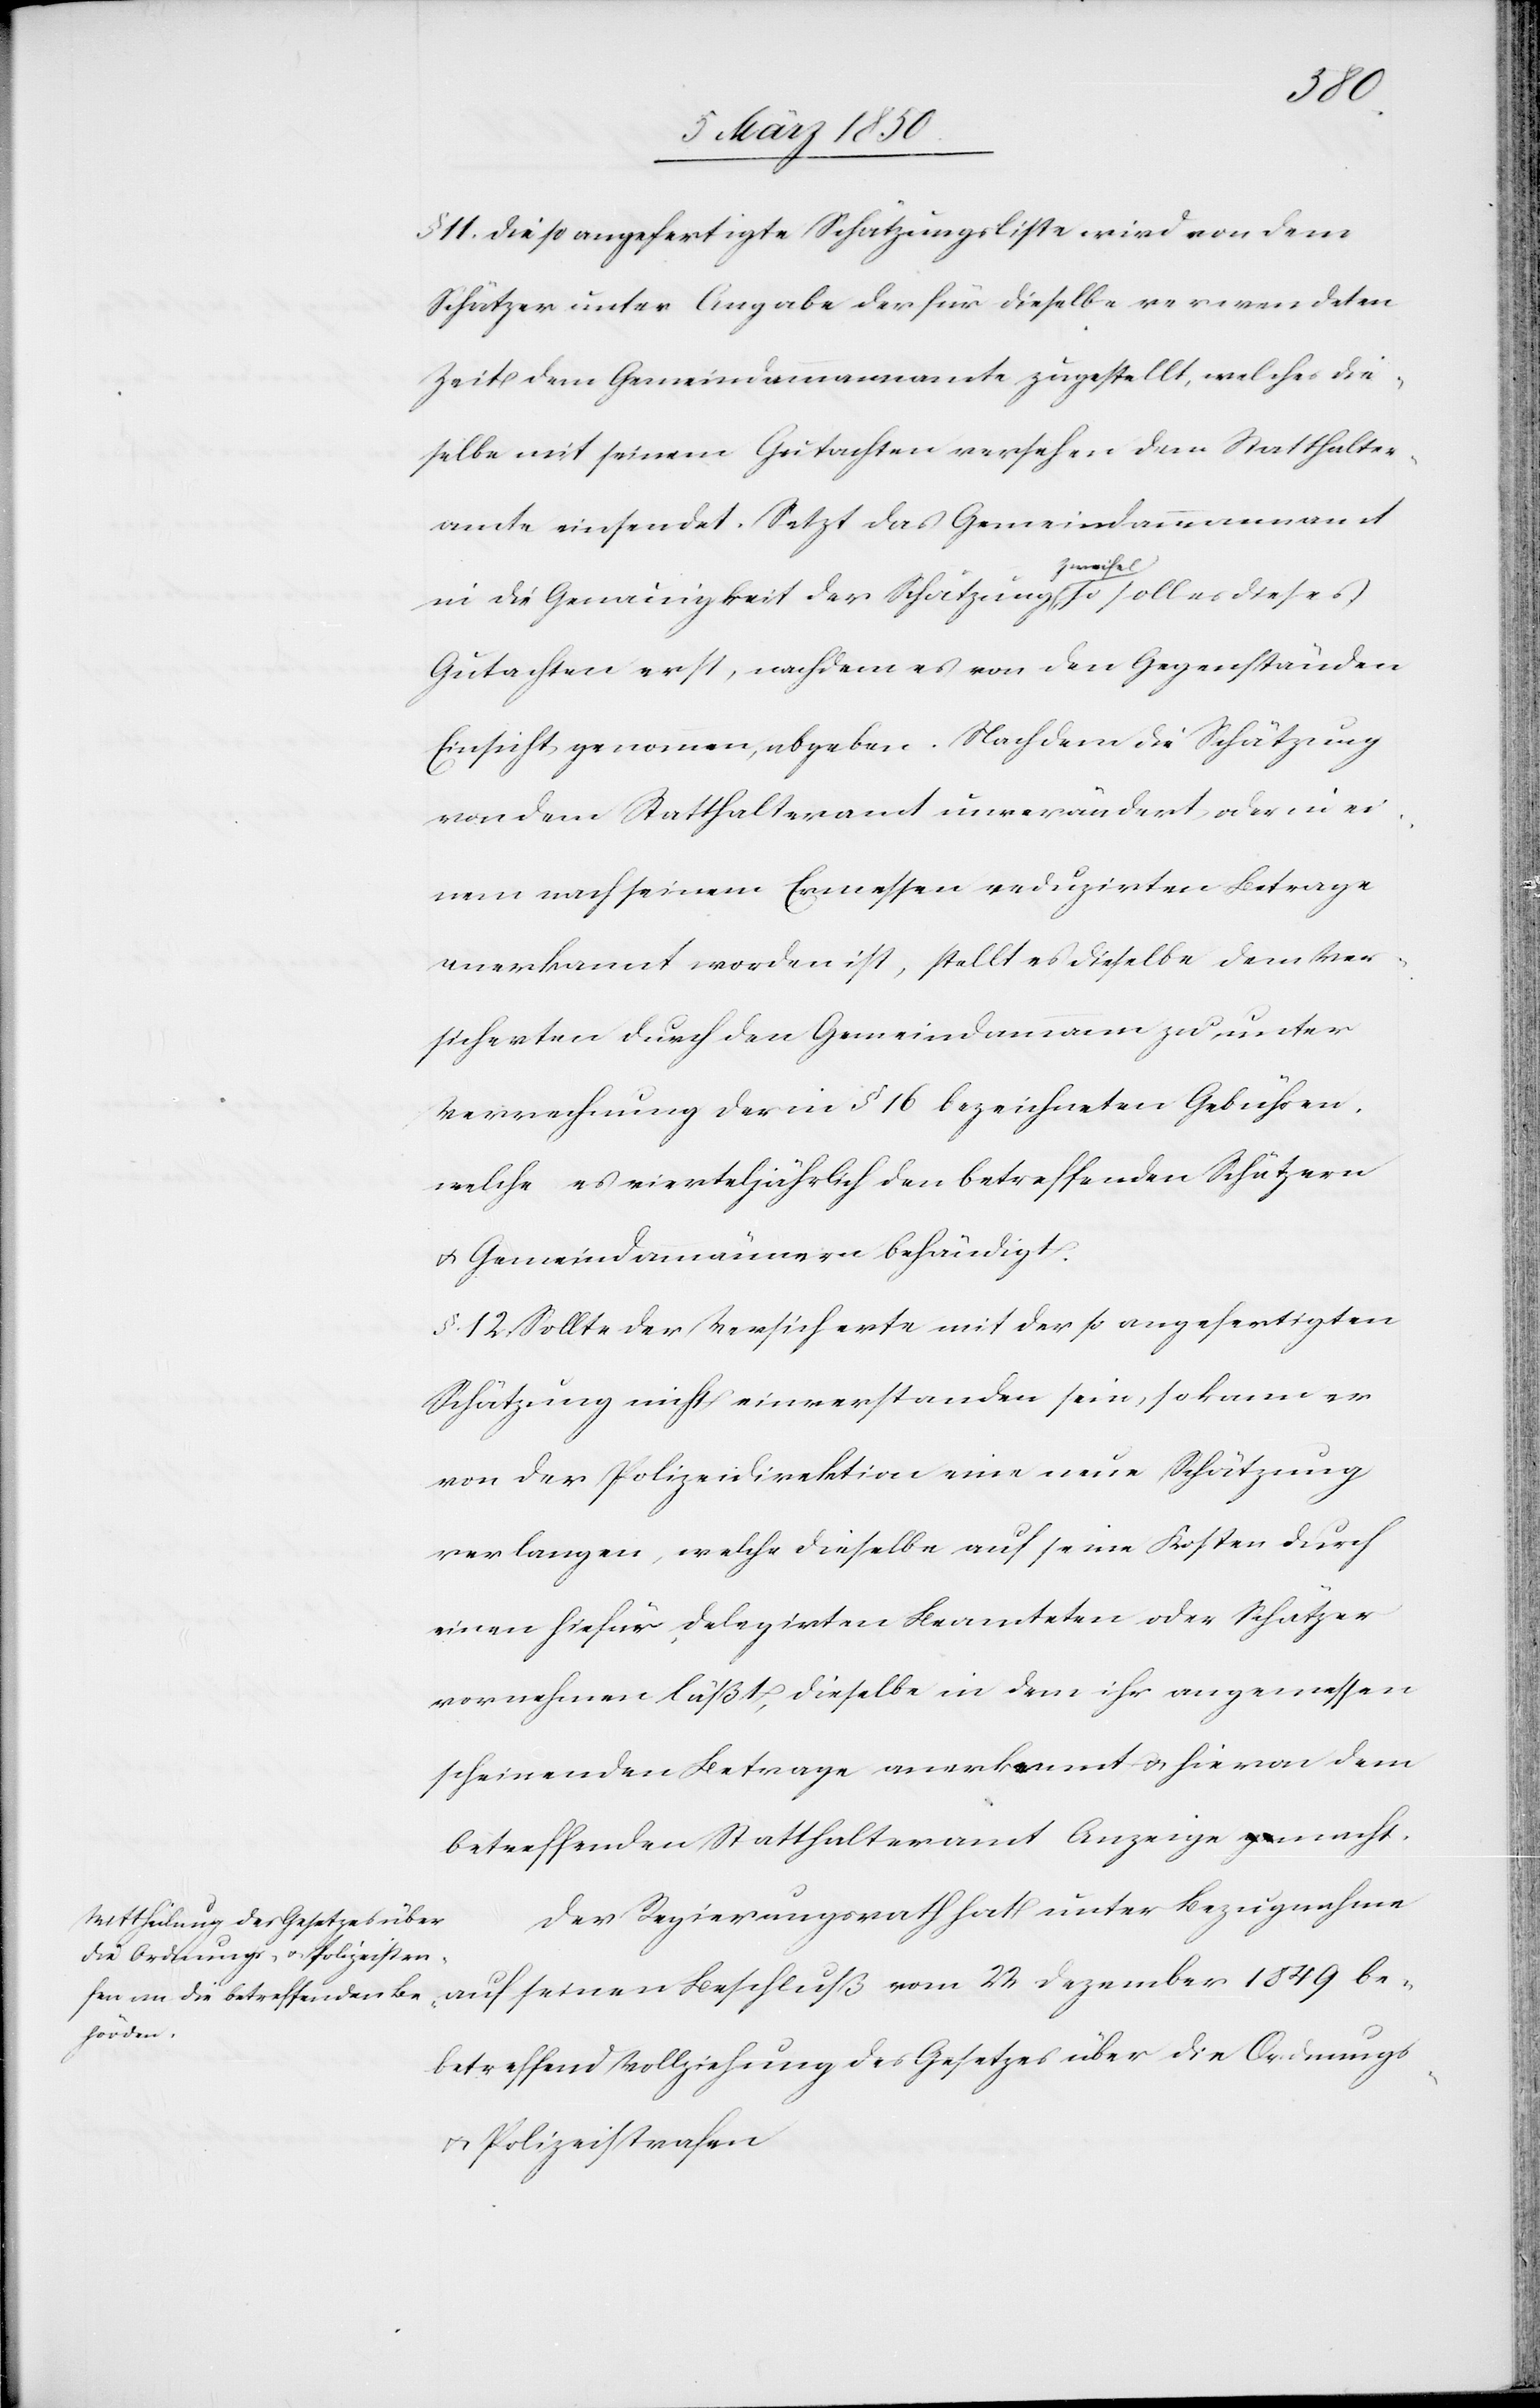
§. 11. Die so angefertigte Schätzungsliste wird von dem
Schätzer unter Angabe der für dieselbe verwendeten
Zeit dem Gemeindammannamte zugestellt, welches die¬
selbe mit seinem Gutachten versehen dem Statthalter¬
amte einsendet. Setzt das Gemeindammannamt
in die Genauigkeit der Schätzung Zweifel, so soll es dieses
Gutachten erst, nachdem es von den Gegenständen
Einsicht genommen, abgeben. Nachdem die Schätzung
von dem Statthalteramt unverändert oder in ei¬
nem nach seinem Ermessen reduzirten Betrage
anerkannt worden ist, stellt es dieselbe dem Ver¬
sicherten durch den Gemeindammann zu, unter
Verrechnung der in § 16 bezeichneten Gebühren,
welche es vierteljährlich den betreffenden Schätzern
u. Gemeindammännern behändigt.
§. 12. Sollte der Versicherte mit der so angefertigten
Schätzung nicht einverstanden sein, so kann er
von der Polizeidirektion eine neue Schätzung
verlangen, welche dieselbe auf seine Kosten durch
einen hiefür delegirten Beamteten oder Schätzer
vornehmen läßt, dieselbe in dem ihr angemessen
scheinenden Betrage anerkennt u. hievon dem
betreffenden Statthalteramt Anzeige macht.
Der Regierungsrath hat unter Bezugnahme
auf seinen Beschluß vom 22 Dezember 1849 be¬
betreffend [sic!] Vollziehung des Gesetzes über die Ordnungs-
u. Polizeistrafen